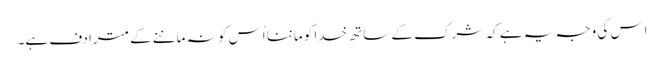
اِس کی وجہ یہ ہے کہ شرک کے ساتھ خدا کو ماننا اُس کو نہ ماننے کے مترادف ہے۔